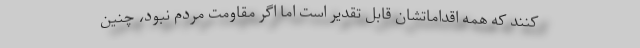
کنند که همه اقداماتشان قابل تقدیر است اما اگر مقاومت مردم نبود، چنین